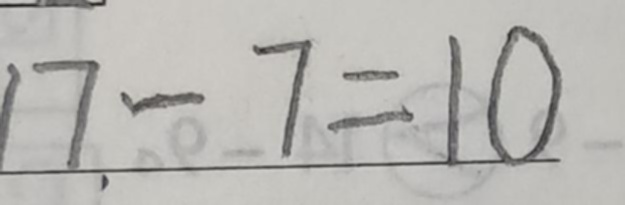
1 7 - 7 = 1 0